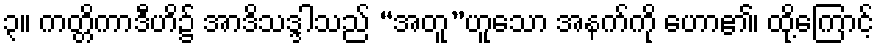
၃။ ကတ္တိကာဒီဟိ၌ အာဒိသဒ္ဒါသည် “အတူ”ဟူသော အနက်ကို ဟော၏၊ ထို့ကြောင့်